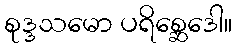
စုဒ္ဒသမော ပရိစ္ဆေဒေါ။